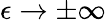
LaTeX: \epsilon\rightarrow\pm\infty